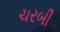
ચરબી